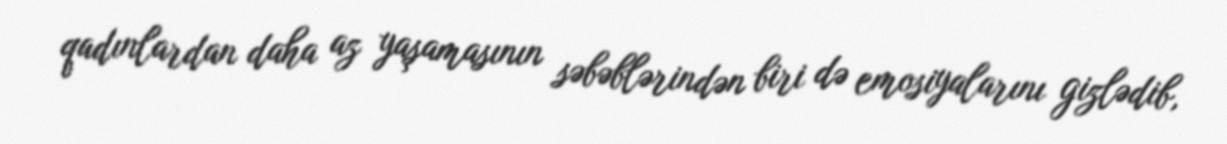
qadınlardan daha az yaşamasının səbəblərindən biri də emosiyalarını gizlədib,